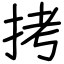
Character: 拷